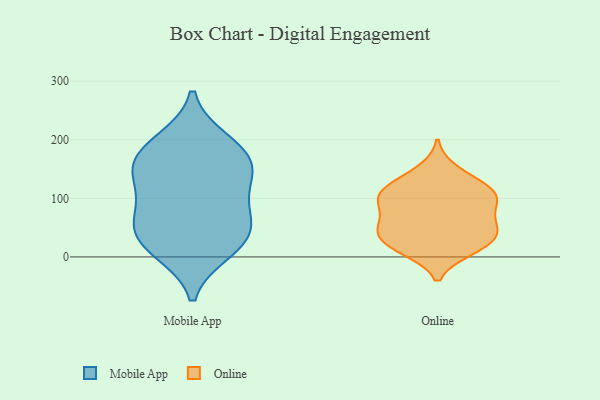
{"axis": {"x": "Website Visitors", "y": "Value"}, "legend": ["Mobile App", "Online"], "data": [{"x": "", "y": 120, "type": "Mobile App"}, {"x": "", "y": 197, "type": "Mobile App"}, {"x": "", "y": 186, "type": "Mobile App"}, {"x": "", "y": 68, "type": "Mobile App"}, {"x": "", "y": 22, "type": "Mobile App"}, {"x": "", "y": 157, "type": "Mobile App"}, {"x": "", "y": 85, "type": "Mobile App"}, {"x": "", "y": 11, "type": "Mobile App"}, {"x": "", "y": 156, "type": "Mobile App"}, {"x": "", "y": 51, "type": "Mobile App"}, {"x": "", "y": 148, "type": "Mobile App"}, {"x": "", "y": 32, "type": "Mobile App"}, {"x": "", "y": 55, "type": "Online"}, {"x": "", "y": 41, "type": "Online"}, {"x": "", "y": 148, "type": "Online"}, {"x": "", "y": 96, "type": "Online"}, {"x": "", "y": 13, "type": "Online"}, {"x": "", "y": 102, "type": "Online"}, {"x": "", "y": 12, "type": "Online"}, {"x": "", "y": 107, "type": "Online"}, {"x": "", "y": 21, "type": "Online"}, {"x": "", "y": 36, "type": "Online"}, {"x": "", "y": 44, "type": "Online"}, {"x": "", "y": 100, "type": "Online"}, {"x": "", "y": 59, "type": "Online"}, {"x": "", "y": 81, "type": "Online"}, {"x": "", "y": 123, "type": "Online"}, {"x": "", "y": 121, "type": "Online"}]}